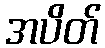
အပိတ်